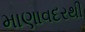
માણાવદરથી